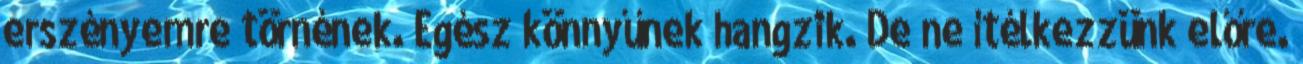
erszényemre törnének. Egész könnyűnek hangzik. De ne ítélkezzünk előre.